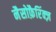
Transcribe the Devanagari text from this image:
नैसोफ़ैरिंक्ज़